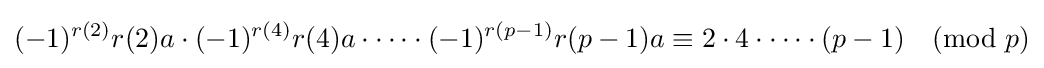
(-1)^{r(2)}r(2)a\cdot (-1)^{r(4)}r(4)a\cdot \cdots \cdot (-1)^{r(p-1)}r(p-1)a\equiv 2\cdot 4\cdot \cdots \cdot (p-1){\pmod {p}}